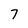
Character: 7